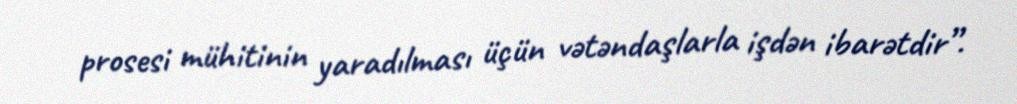
prosesi mühitinin yaradılması üçün vətəndaşlarla işdən ibarətdir”.